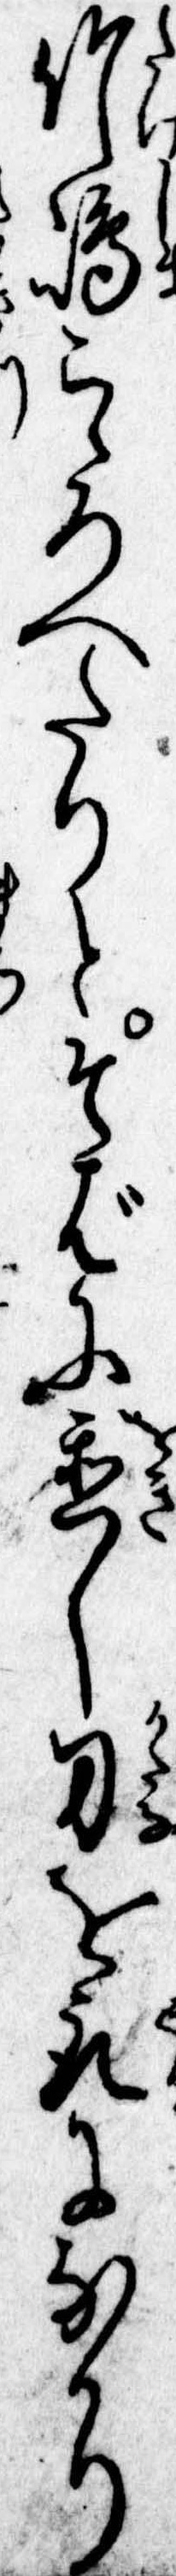
竹島こゝろへたりとそばに置し刀を取になかり